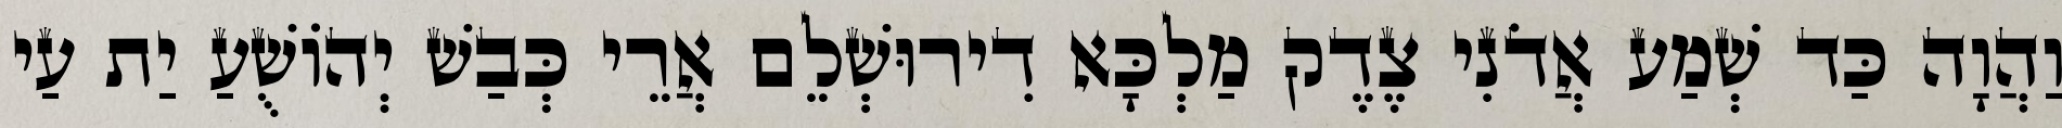
וַהֲוָה כַּד שְׁמַע אֲדֹנִי צֶדֶק מַלְכָּא דִירוּשְׁלֵם אֲרֵי כְּבַשׁ יְהוֹשֻׁעַ יַת עַי